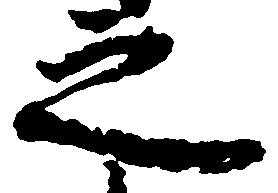
之